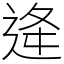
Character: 逄